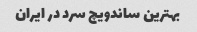
بهترین ساندویچ سرد در ایران